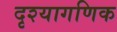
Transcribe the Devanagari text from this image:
दृश्यागणिक